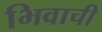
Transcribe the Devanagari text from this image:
भिवाची